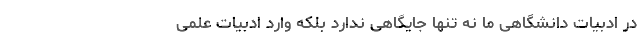
در ادبیات دانشگاهی ما نه تنها جایگاهی ندارد بلکه وارد ادبیات علمی